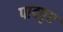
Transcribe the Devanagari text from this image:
पादपृष्ठ